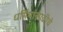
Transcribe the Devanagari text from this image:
धर्मियांसाठीचे